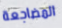
المضاجعة